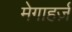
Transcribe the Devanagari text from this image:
मेगाहर्ज़